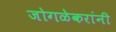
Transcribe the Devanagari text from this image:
जोगळेकरांनी